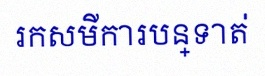
រកសមីការបន្ទាត់